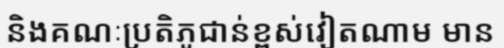
និងគណៈប្រតិភូជាន់ខ្ពស់វៀតណាម មាន